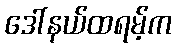
ဒေါ်နယ်ထရမ့်က